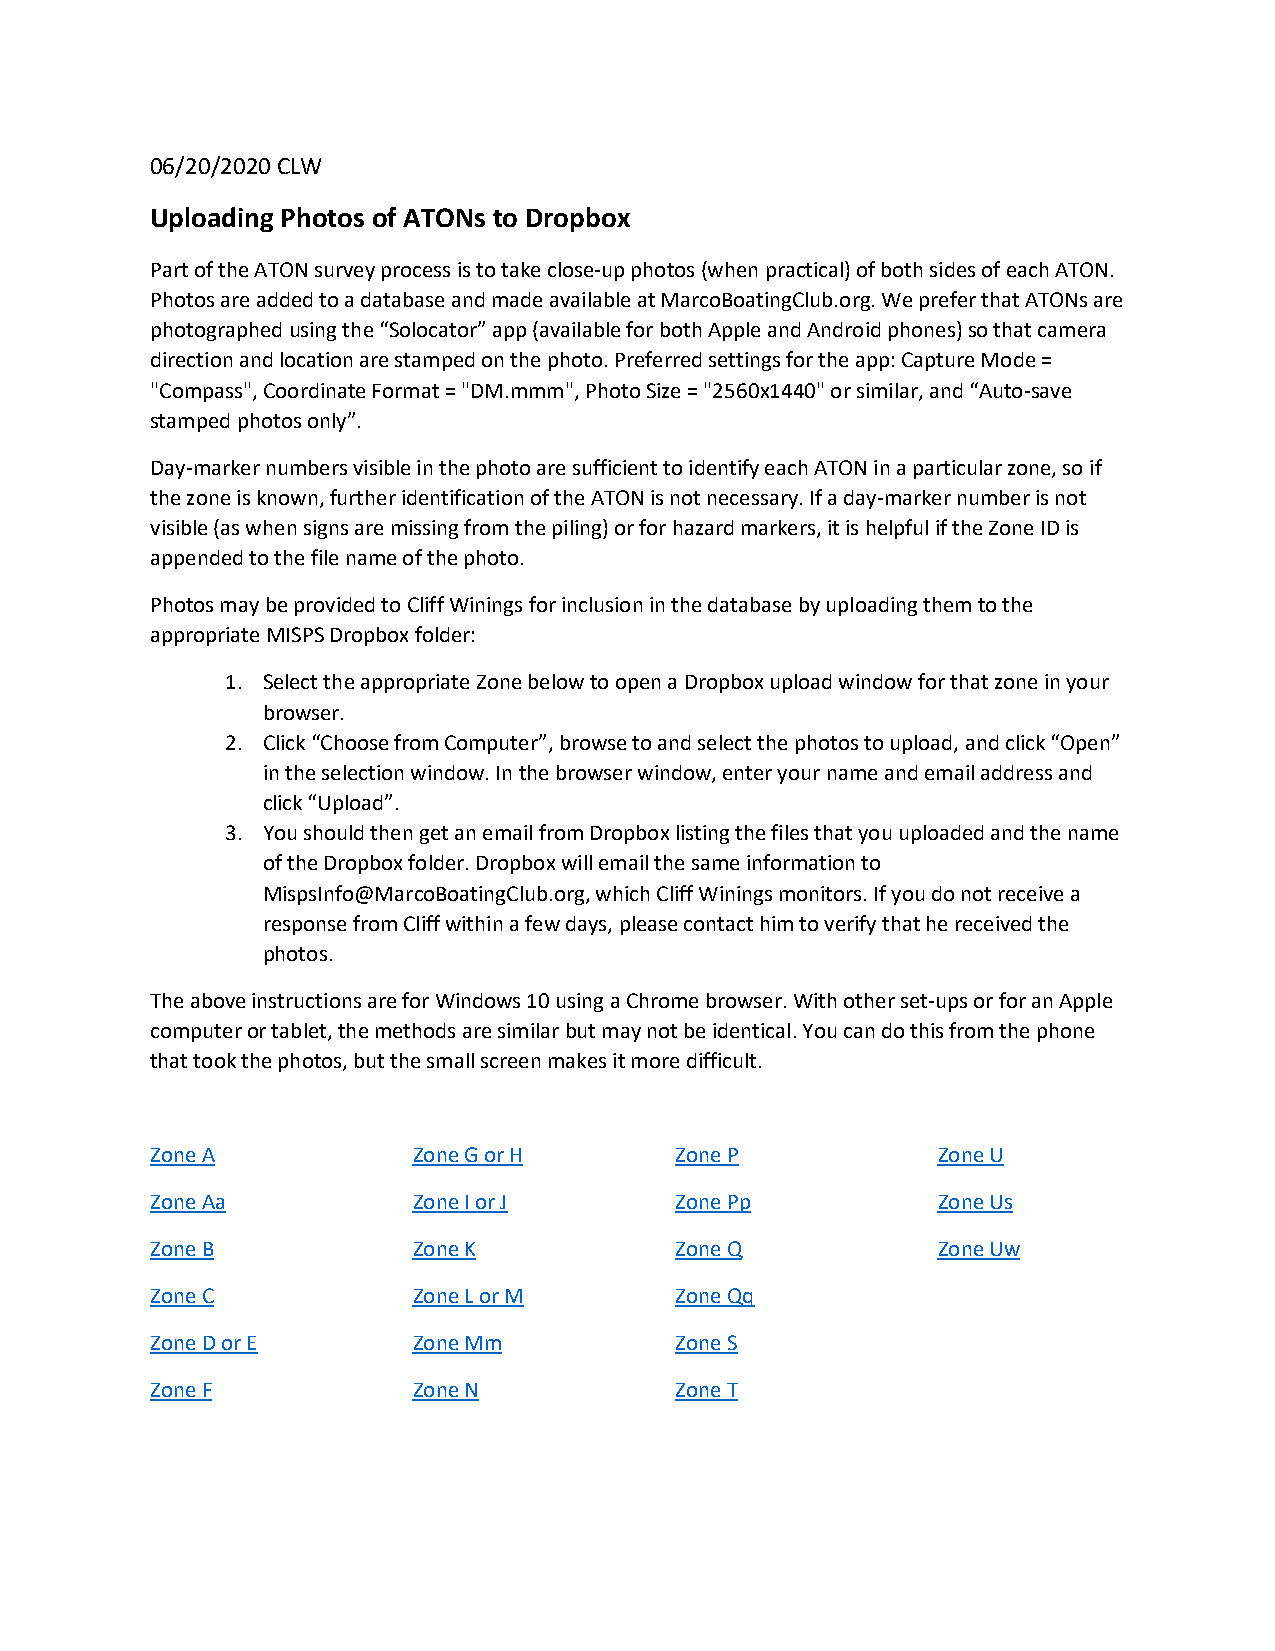
06/20/2020 CLW
 Uploading Photos of ATONs to Dropbox
 Part of the ATON survey process is to take close-up photos (when practical) of both sides of each ATON.
 Photos are added to a database and made available at MarcoBoatingClub.org. We prefer that ATONs are
 photographed using the “Solocator” app (available for both Apple and Android phones) so that camera
 direction and location are stamped on the photo. Preferred settings for the app: Capture Mode =
 "Compass", Coordinate Format = "DM.mmm", Photo Size = "2560x1440" or similar, and “Auto-save
 stamped photos only”.
 Day-marker numbers visible in the photo are sufficient to identify each ATON in a particular zone, so if
 the zone is known, further identification of the ATON is not necessary. If a day-marker number is not
 visible (as when signs are missing from the piling) or for hazard markers, it is helpful if the Zone ID is
 appended to the file name of the photo.
 Photos may be provided to Cliff Winings for inclusion in the database by uploading them to the
 appropriate MISPS Dropbox folder:
 1. Select the appropriate Zone below to open a Dropbox upload window for that zone in your
 browser.
 2. Click “Choose from Computer”, browse to and select the photos to upload, and click “Open”
 in the selection window. In the browser window, enter your name and email address and
 click “Upload”.
 3. You should then get an email from Dropbox listing the files that you uploaded and the name
 of the Dropbox folder. Dropbox will email the same information to
 MispsInfo@MarcoBoatingClub.org, which Cliff Winings monitors. If you do not receive a
 response from Cliff within a few days, please contact him to verify that he received the
 photos.
 The above instructions are for Windows 10 using a Chrome browser. With other set-ups or for an Apple
 computer or tablet, the methods are similar but may not be identical. You can do this from the phone
 that took the photos, but the small screen makes it more difficult.
 Zone A           Zone G or H       Zone P           Zone U
 Zone Aa          Zone I or J       Zone Pp          Zone Us
 Zone B           Zone K            Zone Q           Zone Uw
 Zone C           Zone L or M       Zone Qq
 Zone D or E      Zone Mm           Zone S
 Zone F           Zone N            Zone T